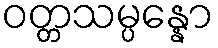
ဝတ္တသမ္ပန္နော